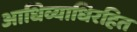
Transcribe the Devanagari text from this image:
आधिव्याधिरहित